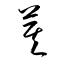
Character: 箕